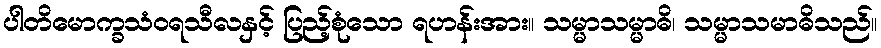
ပါတိမောက္ခသံဝရသီလနှင့် ပြည့်စုံသော ရဟန်းအား။ သမ္မာသမ္မာဓိ၊ သမ္မာသမာဓိသည်။